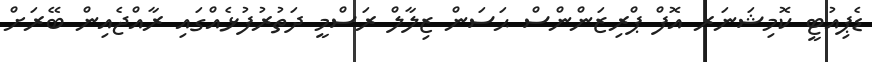
ޑެޕިއުޓީ ކޮމިޝަނަރ އޮފް ޕްރިޒަންންސް ޙަސަން ޒިލާލް ރަސްމީ ދަތުރުފުޅެއްގައި ރާއްޖެއިން ބޭރަށް